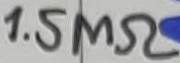
Text: 1.5MΩ